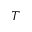
\boldsymbol { T }